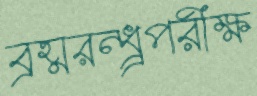
ব্রহ্মরন্ধ্র্রপরীক্ষ